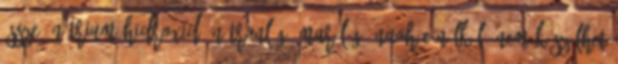
össze. Nátrium-hidroxid, Nátronlúg, Marólúg, NAOH E nélkül, nem készülhet